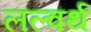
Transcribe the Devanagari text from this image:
लल्वर्थ